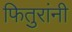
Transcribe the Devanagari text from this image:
फितुरांनी